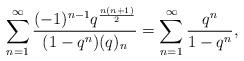
LaTeX: \begin{align*}\sum_{n=1}^{\infty} \frac{(-1)^{n-1} q^{\frac{n(n+1)}{2} } }{(1-q^n) ( q)_n } = \sum_{n=1}^{\infty} \frac{ q^n }{1-q^n},\end{align*}